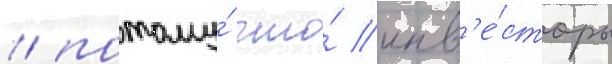
/ потому́ что́ инв'е́сторы